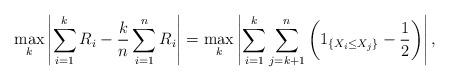
LaTeX: \begin{align*}\max\limits_{k}\left|\sum\limits_{i=1}^kR_i-\frac{k}{n}\sum\limits_{i=1}^nR_i\right|=\max\limits_{k}\left|\sum\limits_{i=1}^k\sum\limits_{j=k+1}^n\left(1_{\left\{X_i\leq X_j\right\}}-\frac{1}{2}\right)\right|,\end{align*}